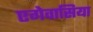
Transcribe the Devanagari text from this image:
एगेवासिया